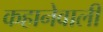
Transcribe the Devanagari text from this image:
कहानेवाली